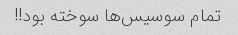
تمام سوسیس‌ها سوخته بود!!